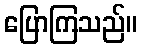
ပြောကြသည်။